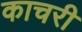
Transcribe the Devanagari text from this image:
काचरी